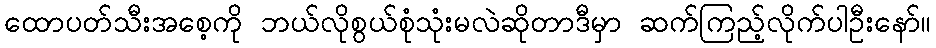
ထောပတ်သီးအစေ့ကို ဘယ်လိုစွယ်စုံသုံးမလဲဆိုတာဒီမှာ ဆက်ကြည့်လိုက်ပါဦးနော်။